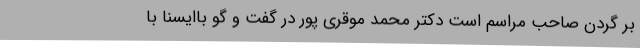
بر گردن صاحب مراسم است دکتر محمد موقری پور در گفت و گو باایسنا با